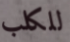
للكلب